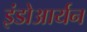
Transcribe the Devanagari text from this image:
इंडोआर्यन